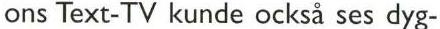
ons Text-TV kunde också ses dyg-